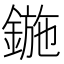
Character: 鍦